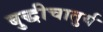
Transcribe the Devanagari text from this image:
बुद्धीचातुर्य